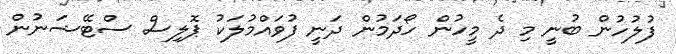
ފުލުހުން ބުނީ މި ދެ މީހުން ހޯދަމުން ދަނީ ފުވައްމުލަކު ޕޮލިސް ސްޓޭޝަނުން